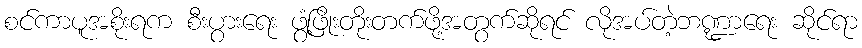
စင်ကာပူအစိုးရက စီးပွားရေး ဖွံ့ဖြိုးတိုးတက်ဖို့အတွက်ဆိုရင် လိုအပ်တဲ့ဘဏ္ဍာရေး ဆိုင်ရာ